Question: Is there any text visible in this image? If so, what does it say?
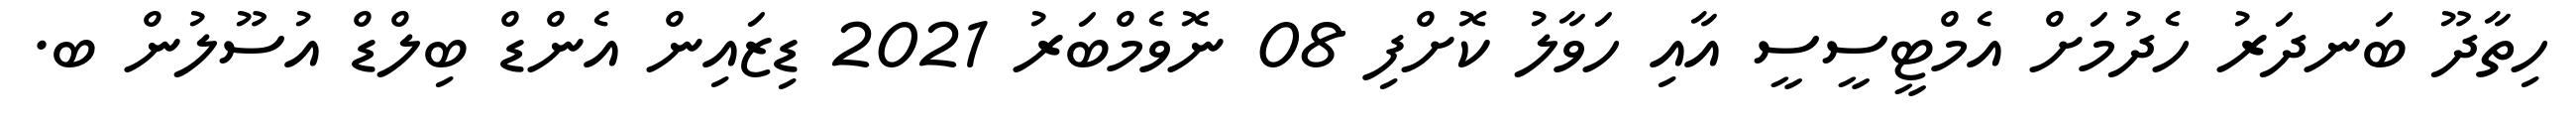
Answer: ހިތާދޫ ބަނދަރު ހެދުމަށް އެމްޓީސީސީ އާއި ހަވާލު ކޮށްފި 08 ނޮވެމްބަރު 2021 ޑިޒައިން އެންޑް ބިލްޑް އުސޫލުން ބ.